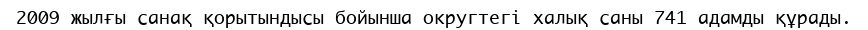
2009 жылғы санақ қорытындысы бойынша округтегі халық саны 741 адамды құрады.